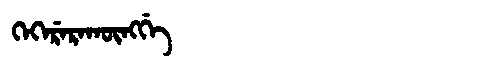
Manchu: ᡴᡝᡴᡝᡵᡝᡵᠠᡴᡡᠩᡤᡝ
Romanization: KEKERERAKŪNGGE